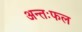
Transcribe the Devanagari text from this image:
अन्तःफल